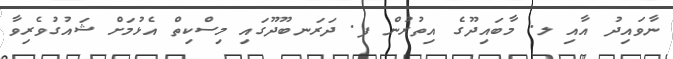
ނާވައިދު އާއި ލ. މާބައިދޫގެ އިތުރުން ފ. ދަރަނބޫދޫގައި މިސްކިތް އެޅުމަށް ޝައުގުވެރިވާ